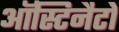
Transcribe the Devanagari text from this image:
ऑस्टिनैटो